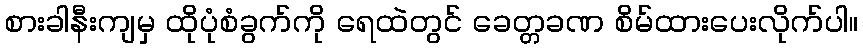
စားခါနီးကျမှ ထိုပုံစံခွက်ကို ရေထဲတွင် ခေတ္တခဏ စိမ်ထားပေးလိုက်ပါ။